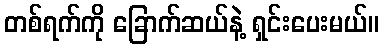
တစ်ရက်ကို ခြောက်ဆယ်နဲ့ ရှင်းပေးမယ်။